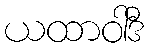
ယထာဝါဒီ